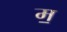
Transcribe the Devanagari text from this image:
म॒